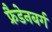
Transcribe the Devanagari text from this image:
फ्रैडेनबर्ग